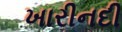
ખારીનદી